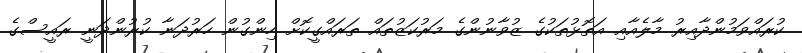
ކުރައްވަމުންދާއިރު މާލެއާއި އަތޮޅުތަކުގެ ޒުވާނުންގެ މަރުކަޒުތައް ތަރައްގީކޮށް ހިންގުން ހަރުދަނާ ކުރުންދަނީ ރައީސްގެ